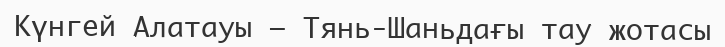
Күнгей Алатауы – Тянь-Шаньдағы тау жотасы